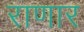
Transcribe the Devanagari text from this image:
राणार